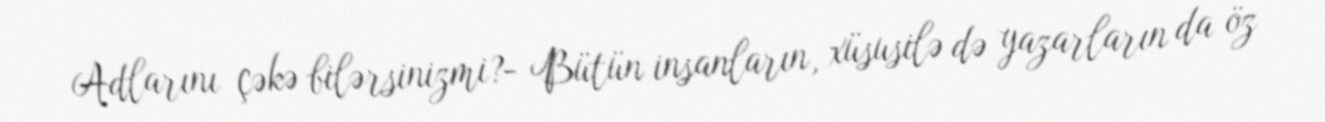
Adlarını çəkə bilərsinizmi?- Bütün insanların, xüsusilə də yazarların da öz